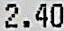
2.40